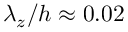
\lambda _ { z } / h \approx 0 . 0 2